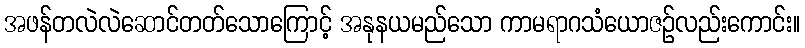
အဖန်တလဲလဲဆောင်တတ်သောကြောင့် အနုနယမည်သော ကာမရာဂသံယောဇဉ်လည်းကောင်း။